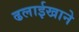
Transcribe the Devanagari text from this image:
ढलाईखाने